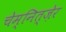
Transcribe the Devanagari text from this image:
चेम्नित्ज़ेर